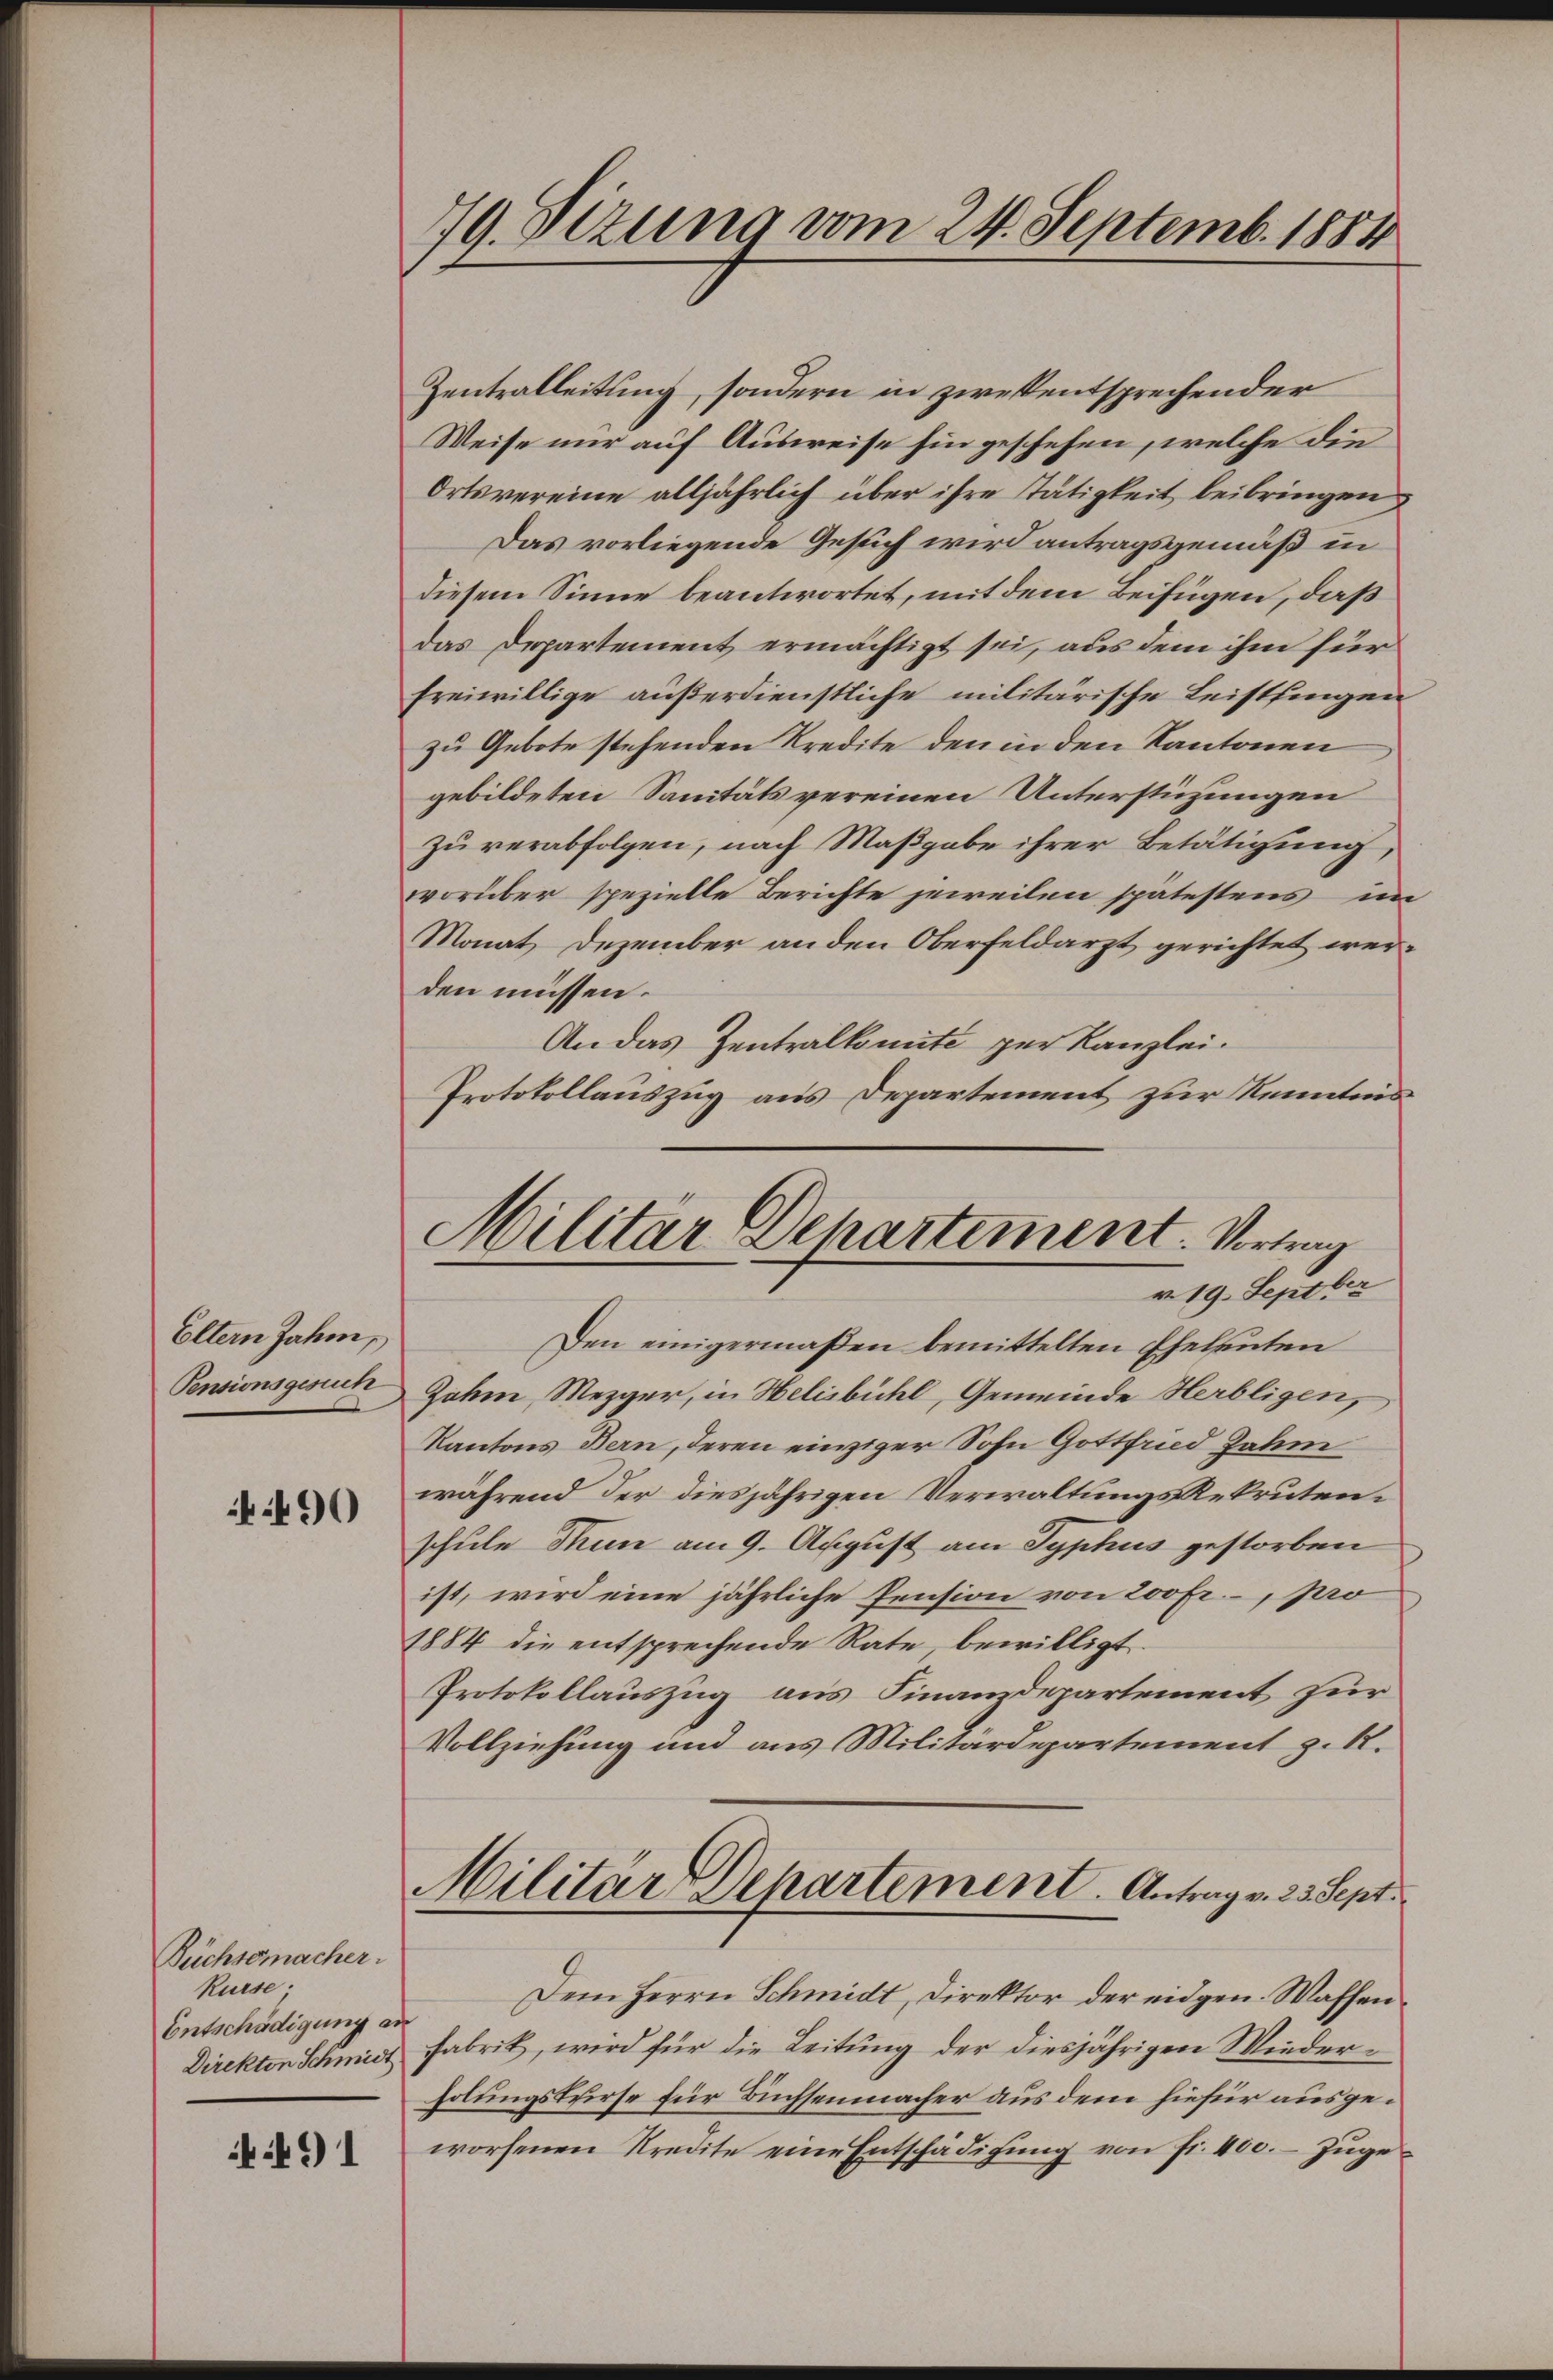
Eltern Jahr,
Pensionsgesuch

490

Büchsemacher.
Rürse;
Entschädigung an
Direkton Schmidt

491

19. Sizung vom 24. Septemb. 1884

Zentralleitung, sondern in zwekentsprechender
Weise nur auf Ausweise hin geschehen, welche die
Ortsvereine alljährlich über ihre Tätigkeit beibringen
Das vorliegende Gesich wird antragsgemäß in
diesem Sinne beantwortet, mit dem Beifügen, daß
das Departement ermächtigt sei, aus dem ihm für
freiwillige außerdienstliche militärische Leistfingen
zu Gebote stehenden Kredite den in den Kantonen
gebildeten Sanitäts vereinen Unterstüzungen
zu verabfolgen, nach Maßgabe ihrer Betätigung,
vorüber spezielle Berichte jeweilen spätestens im
Monat Dezember an den Oberfeldarzt gerichtet werden müssen.
An das Zentralkomité per Kanzlei.
Protokollauszug aus Departement zur Kenntnis

Militär Departement. Vortrag
r. 19. Septber

Den einigermaßen bemittelten Eheleuten
Jahm, Mezger, in Helisbühl, Gemeinde Herbligen,
Kantons Bern, deren einziger Sohn Gottfrid Jahm
während der diesjährigen VerwaltungsRekrutenschule Thun am 9. August am Typhus gestorben
ist, wird eine jährliche Pension von 200 Fr. pro
1884 die entsprechende Rate, bewilligt.
Protokollauszug aus Finanzdepartement für
Vollziehung und aus Militärdepartement z. R.
Militär Departement. Antrag v. 23. Sept.
Dem Herrn Schmidt, Direktor der eidgen. Waffen
Fabrik, wird für die Leitung der diesjährigen Miederholungskurse für Buchsenmacher aus dem hiefür ausgeworfenen Kredite eine Entschädigŭng von fr. 400.- zŭge